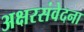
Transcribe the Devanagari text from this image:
अक्षरसंवेदना